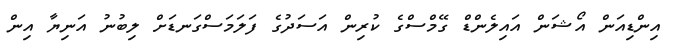
އިންޑިއަން އޯޝަން އައިލެންޑް ގޭމްސްގެ ކުރިން އަސަދުގެ ފަލަމަސްގަނޑަށް ލިބުނު އަނިޔާ އިން